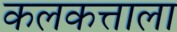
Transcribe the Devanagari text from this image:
कलकत्ताला